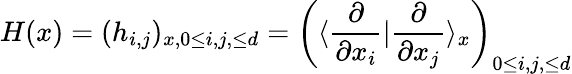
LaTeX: H(x)=(h_{i,j})_{x,0\leq i,j,\leq d}=\left(\langle\frac{\partial}{\partial x_{i}}|\frac{\partial}{\partial x_{j}}\rangle_{x}\right)_{0\leq i,j,\leq d}